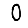
Digit: 0